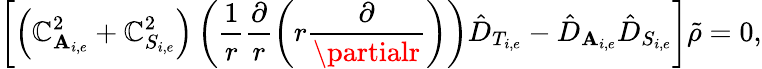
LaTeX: \left[\left(\mathbb{C}_{\mathbf{A}_{i,e}}^{2}+\mathbb{C}_{S_{i,e}}^{2}\right)\left(\frac{{1}}{{r}}\frac{{\partial}}{{r}}\left(r\frac{{\partial}}{{\partialr}}\right)\right)\hat{{D}}_{T_{i,e}}-\hat{{D}}_{\mathbf{A}_{i,e}}\hat{{D}}_{S_{i,e}}\right]\tilde{{\rho}}=0,